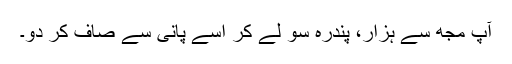
آپ مجھ سے ہزار، پندرہ سو لے کر اسے پانی سے صاف کر دو۔